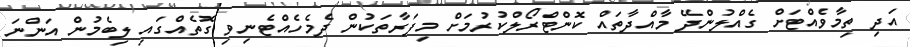
އަދި ތިމާވެއްޓަށް ގެއްލުންދޭ މާއްދާތައް ކޮންޓްރޯލްކުރުމަށް މިފަރާތަކުން ދެމެހެއްޓެނިވި ގޮތެއްގައި ލިބެމުން އަންނަ